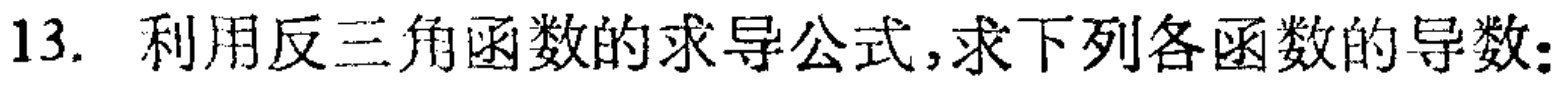
13. 利用反三角函数的求导公式,求下列各函数的导数: